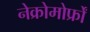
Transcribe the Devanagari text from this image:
नेक्रोमोर्फ्रों